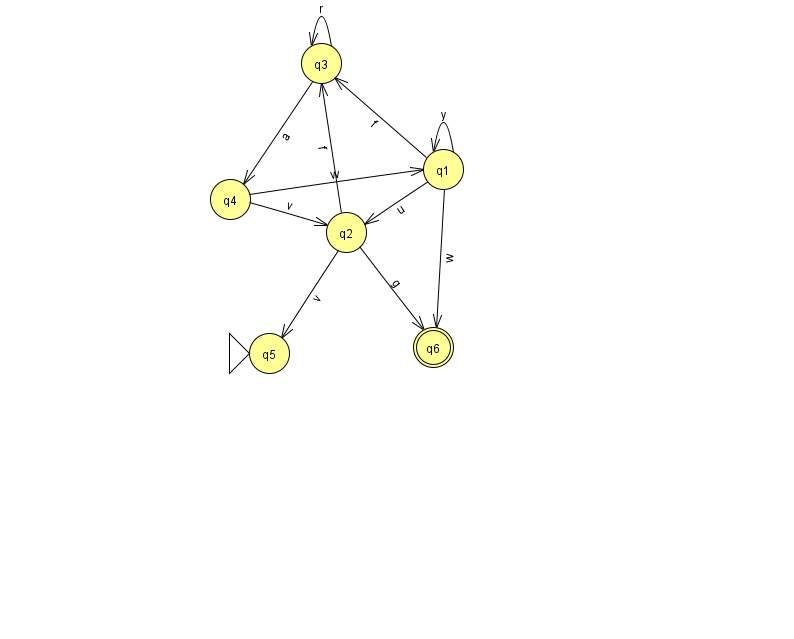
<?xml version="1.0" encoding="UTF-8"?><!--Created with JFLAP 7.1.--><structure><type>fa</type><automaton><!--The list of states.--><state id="1" name="q1"><x>443.0</x><y>156.0</y></state><state id="2" name="q2"><x>346.0</x><y>219.0</y></state><state id="3" name="q3"><x>321.0</x><y>50.0</y></state><state id="4" name="q4"><x>230.0</x><y>186.0</y></state><state id="5" name="q5"><x>269.0</x><y>340.0</y><initial/></state><state id="6" name="q6"><x>433.0</x><y>334.0</y><final/></state><!--The list of transitions.--><transition><from>1</from><to>3</to><read>f</read></transition><transition><from>3</from><to>3</to><read>r</read></transition><transition><from>4</from><to>2</to><read>v</read></transition><transition><from>2</from><to>6</to><read>g</read></transition><transition><from>1</from><to>1</to><read>y</read></transition><transition><from>2</from><to>3</to><read>f</read></transition><transition><from>1</from><to>6</to><read>w</read></transition><transition><from>2</from><to>5</to><read>v</read></transition><transition><from>3</from><to>4</to><read>a</read></transition><transition><from>1</from><to>2</to><read>u</read></transition><transition><from>4</from><to>1</to><read>w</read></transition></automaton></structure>